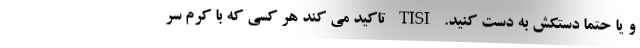
و یا حتما دستکش به دست کنید. TISI تاکید می کند هر کسی که با کرم سر